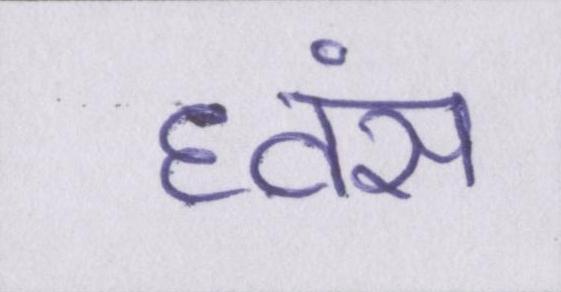
ध्वंस